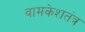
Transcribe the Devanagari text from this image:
वामकेशतंत्र